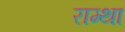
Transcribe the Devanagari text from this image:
राम्था